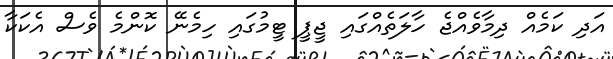
އަދި ކަމެއް ދިމާވެއްޖެ ހާލަތެއްގައި ޖީޕީ ޓީމުގައި ހިމެނޭ ކޮންމެ ވެސް އެކަކާ